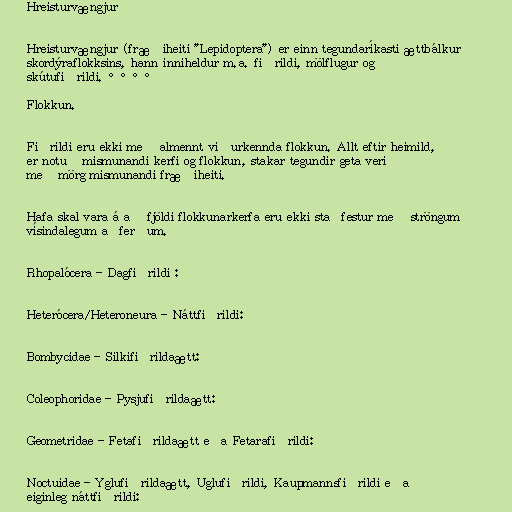
Hreisturvængjur

Hreisturvængjur (fræðiheiti "Lepidoptera") er einn tegundaríkasti ættbálkur
skordýraflokksins, hann inniheldur m.a. fiðrildi, mölflugur og
skútufiðrildi. °°°°

Flokkun.

Fiðrildi eru ekki með almennt viðurkennda flokkun. Allt eftir heimild,
er notuð mismunandi kerfi og flokkun, stakar tegundir geta verið
með mörg mismunandi fræðiheiti.

Hafa skal vara á að fjöldi flokkunarkerfa eru ekki staðfestur með ströngum
vísindalegum aðferðum.

Rhopalócera - Dagfiðrildi :

Heterócera/Heteroneura - Náttfiðrildi:

Bombycidae - Silkifiðrildaætt:

Coleophoridae - Pysjufiðrildaætt:

Geometridae - Fetafiðrildaætt eða Fetarafiðrildi:

Noctuidae - Yglufiðrildaætt, Uglufiðrildi, Kaupmannsfiðrildi eða
eiginleg náttfiðrildi: